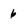
Character: 6